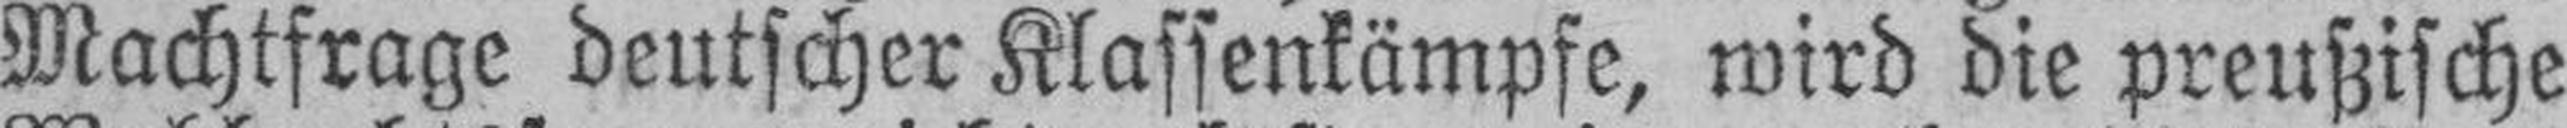
Machtfrage deutscher Klassenkämpfe, wird die preußische